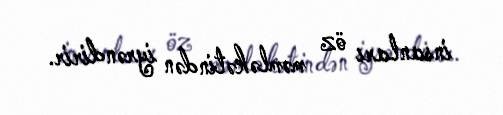
insanları öz məmləkətindən iyrəndirir.